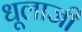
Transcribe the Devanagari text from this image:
धूलाजी